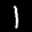
Label: 1